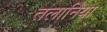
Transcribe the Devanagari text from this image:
तलानिया